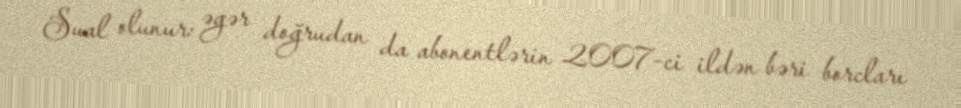
Sual olunur: əgər doğrudan da abonentlərin 2007-ci ildən bəri borcları